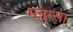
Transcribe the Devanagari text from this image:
मनुस्सा